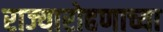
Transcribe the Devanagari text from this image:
राज्यारोहणाच्या